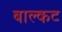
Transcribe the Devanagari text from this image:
बाल्कट